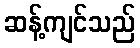
ဆန့်ကျင်သည်